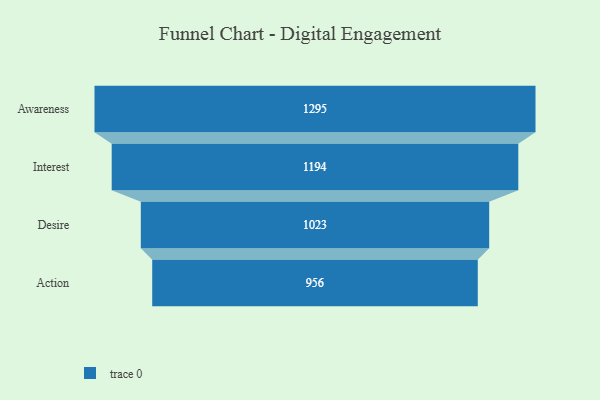
{"axis": {"x": "Stage", "y": "Value"}, "legend": [""], "data": [{"x": "Awareness", "y": 1295.0, "type": ""}, {"x": "Interest", "y": 1194.0, "type": ""}, {"x": "Desire", "y": 1023.0, "type": ""}, {"x": "Action", "y": 956.0, "type": ""}]}